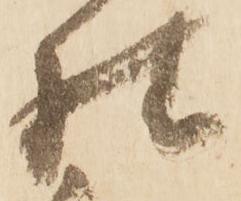
様